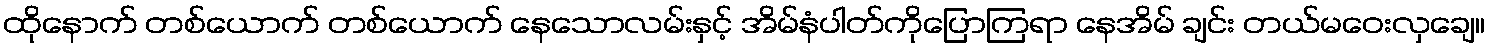
ထိုနောက် တစ်ယောက် တစ်ယောက် နေသောလမ်းနှင့် အိမ်နံပါတ်ကိုပြောကြရာ နေအိမ် ချင်း တယ်မဝေးလှချေ။